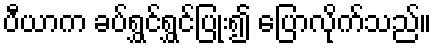
ပီယာက ခပ်ရွှင်ရွှင်ပြုံး၍ ပြောလိုက်သည်။